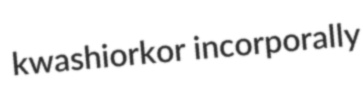
kwashiorkor incorporally